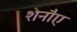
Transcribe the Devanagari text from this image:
शेनौए